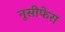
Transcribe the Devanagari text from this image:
नूसीफेरा